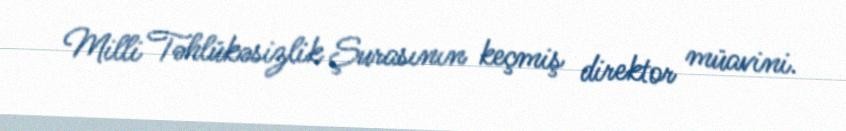
Milli Təhlükəsizlik Şurasının keçmiş direktor müavini.